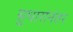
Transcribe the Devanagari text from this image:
सुधारांनंतर